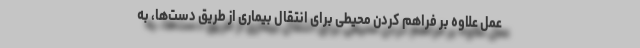
عمل علاوه بر فراهم کردن محیطی برای انتقال بیماری از طریق دست‌ها، به